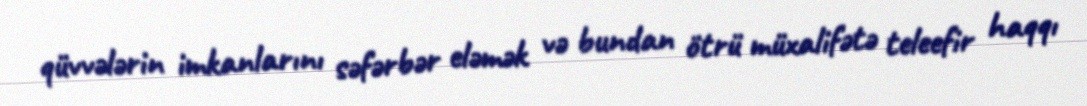
qüvvələrin imkanlarını səfərbər eləmək və bundan ötrü müxalifətə teleefir haqqı